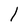
Character: I